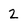
Character: 2